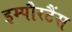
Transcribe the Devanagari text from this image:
इम्पौरटैंस